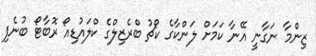
ޒިންމާ ނަގާނީ އޭނާ ކަމަށް ލަންކާގެ ކޯޗު ބްރެޒިލްގެ ކްލައުޑިއޯ ރޮބާޓޯ ބުނެފި